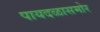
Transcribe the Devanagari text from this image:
पायदळासमोर